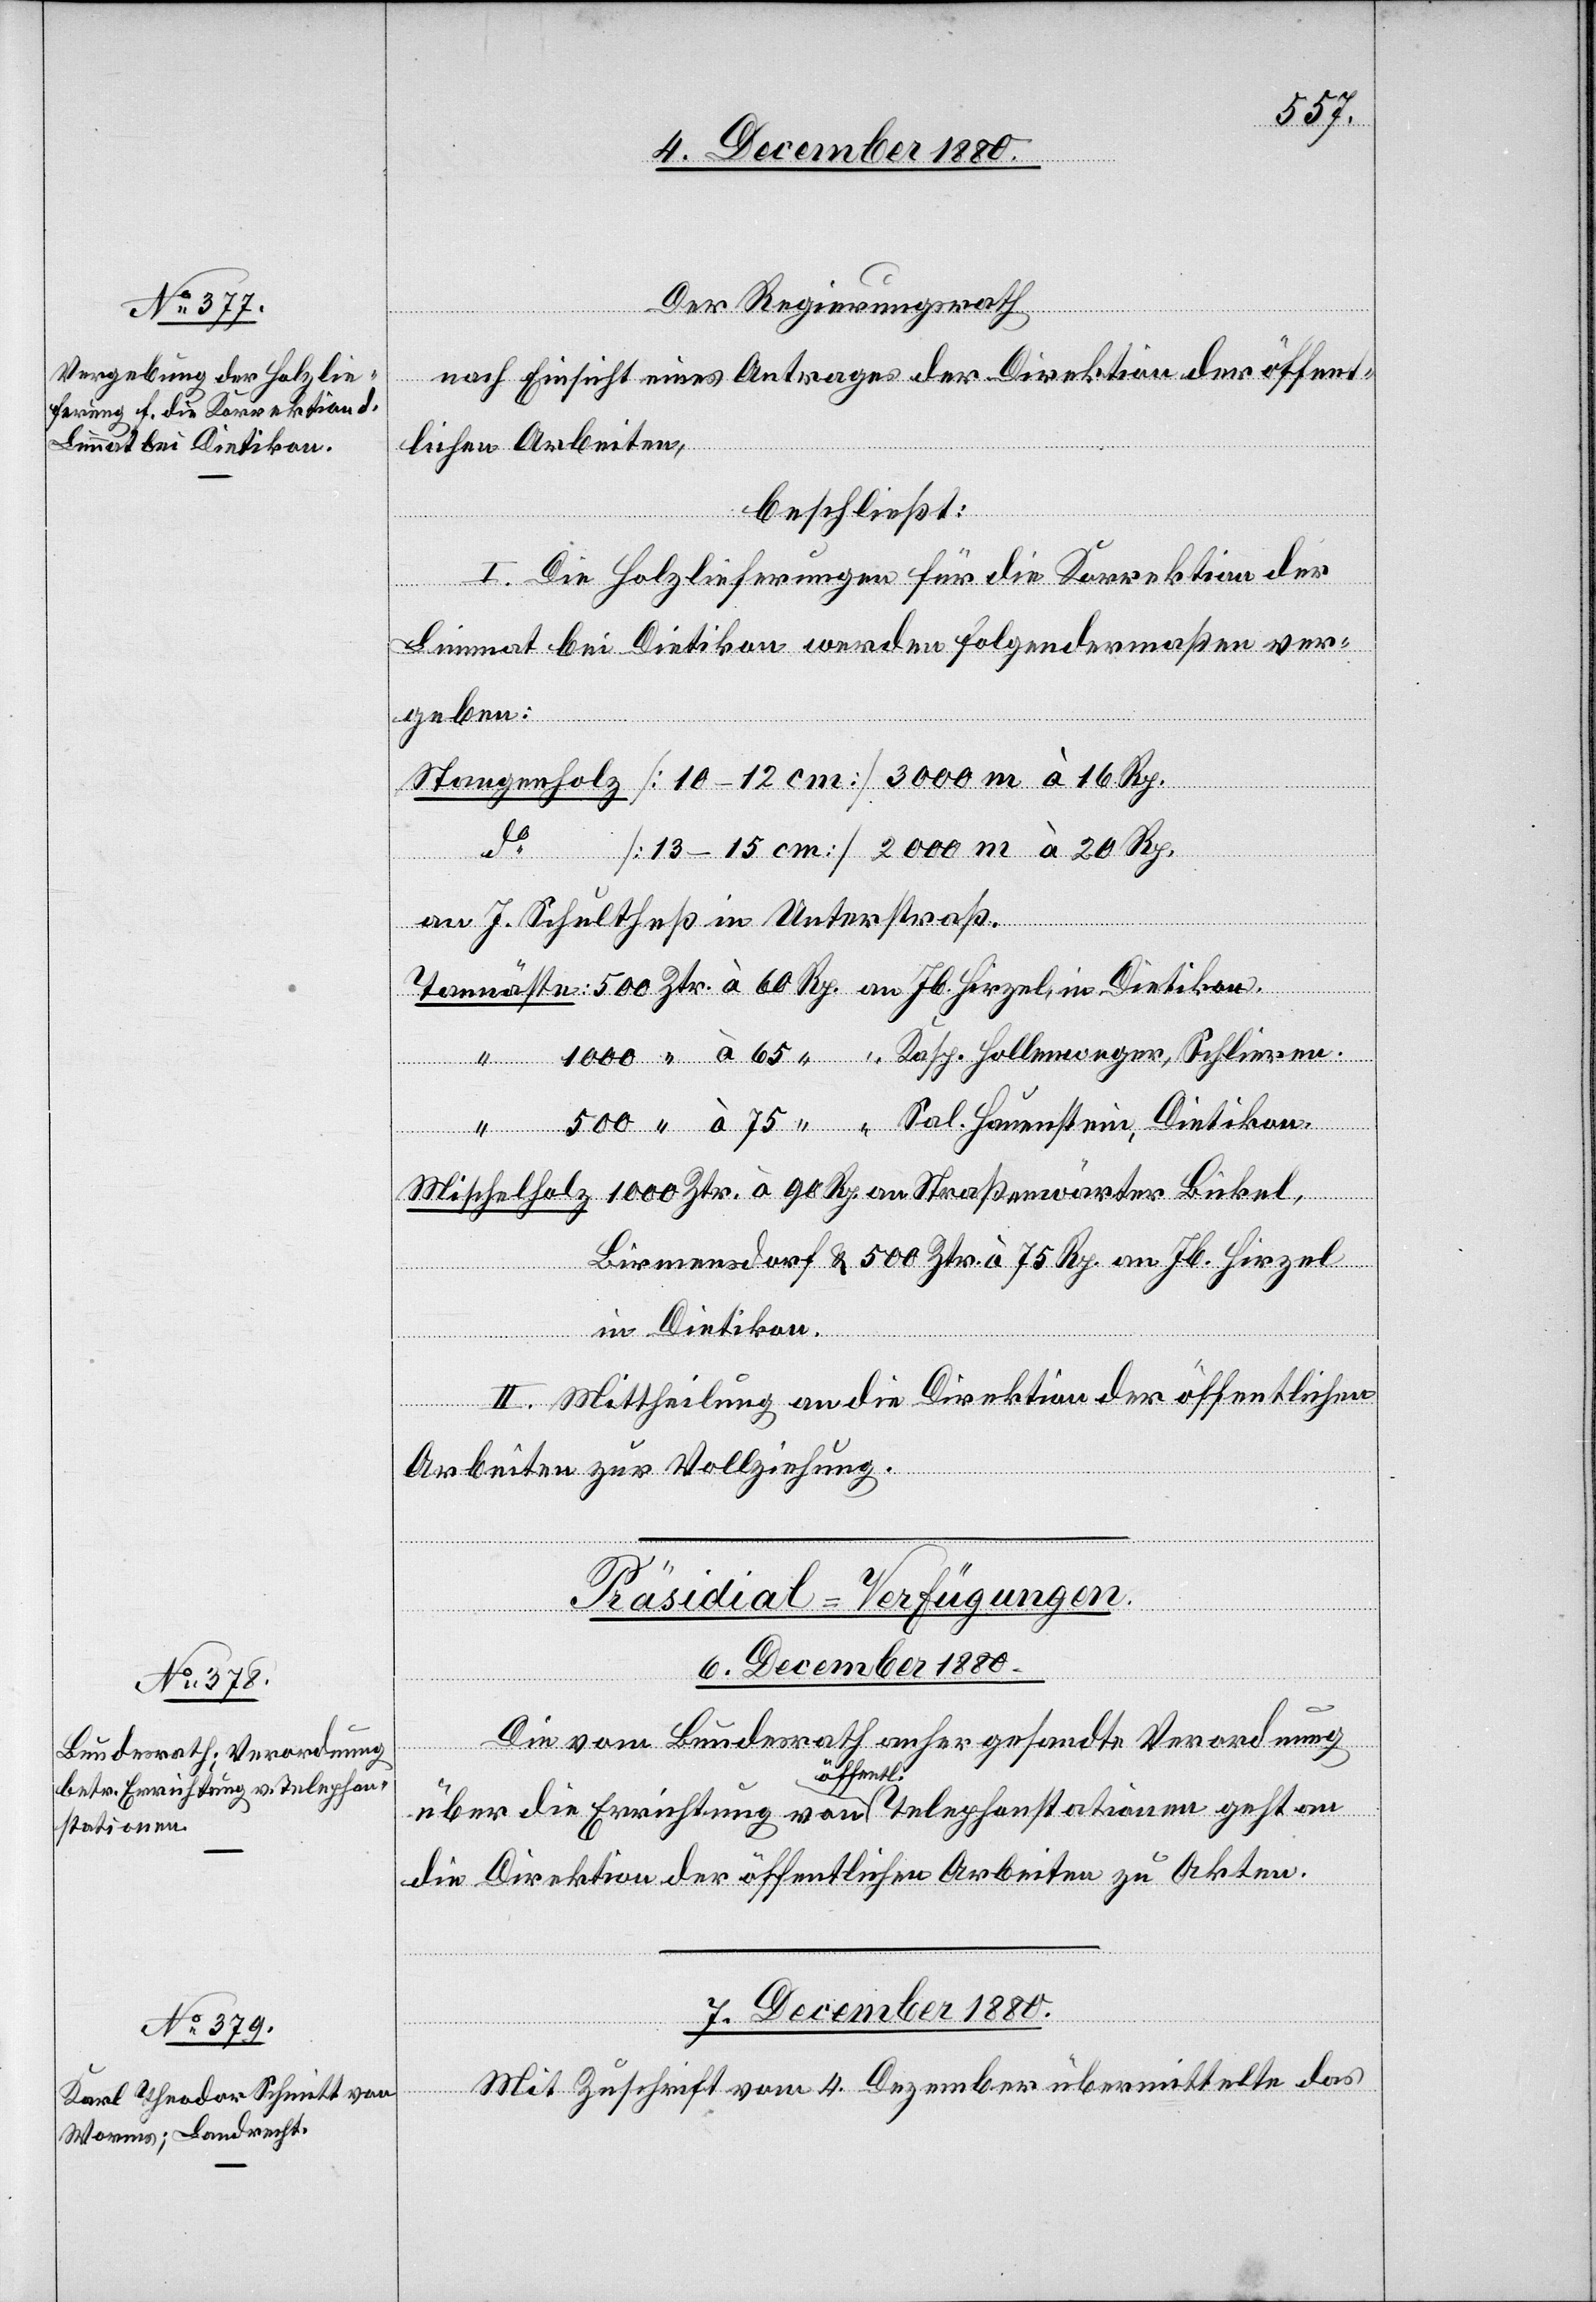
Der Regierungsrath
vom
nach Einsicht eines Antrages der Direktion der öffent¬
lichen Arbeiten,
beschließt:
I. Die Holzlieferungen für die Korrektion der
Limmat bei Dietikon werden folgendermaßen ver¬
geben:
das
an J. Schultheß in Unterstraß.
Schlieren.
“
4.
Mischelholz 1000 Ztr. à 90 Rp. an Straßenwärter Bickel,
Birmensdorf & 500 Ztr. à 75 Rp. an Jb. Hirzel
mittelte
in Dietikon.
“
II. Mittheilung an die Direktion der öffentlichen
Arbeiten zur Vollziehung.
[Präsidial-Verfügungen.]
7. December 1880.
Die vom Bundesrath gesandte Verordnung
Hauenste¬
Zuschrift
über die Errichtung von öffentl. Telephonstationen geht an
die Direktion der öffentlichen Arbeiten zu Akten.